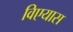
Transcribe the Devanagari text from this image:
विएयास